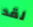
لقد